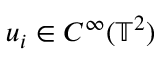
u _ { i } \in C ^ { \infty } ( \mathbb { T } ^ { 2 } )